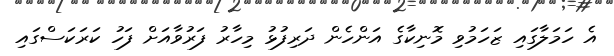
އެ ހަމަލާގައި ޒަހަމުވި މޮނިކާގެ އަންހެން ދަރިފުޅު މިހާރު ފަރުވާއަށް ފަހު ކަރަކަސްގައި